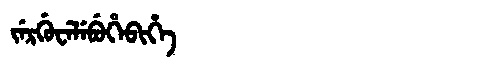
Manchu: ᠵᡝᡵᡤᡠᠸᡝᠯᡝᠪᡠᡥᡝᠪᡳᡥᡝ
Romanization: JERGUWELEBUHEBIHE